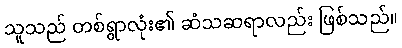
သူသည် တစ်ရွာလုံး၏ ဆံသဆရာလည်း ဖြစ်သည်။